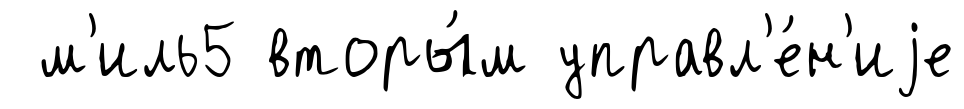
м'иль5 вторы́м управл'е́н'иjе